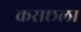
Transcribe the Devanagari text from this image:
कराछला